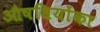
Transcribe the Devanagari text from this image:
औषधियोंका